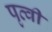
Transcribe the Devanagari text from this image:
पृत्वी